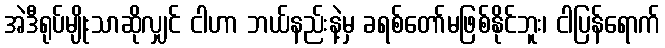
အဲဒီရုပ်မျိုးသာဆိုလျှင် ငါဟာ ဘယ်နည်းနဲ့မှ ခရစ်တော်မဖြစ်နိုင်ဘူး၊ ငါပြန်ရောက်